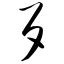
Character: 歹